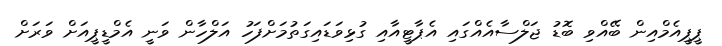
ޕީޕީއެމްއިން ބޭއްވި ބޮޑު ޖަލްސާއެއްގައި އެޕާޓީއާއި ގުޅިވަޑައިގަތުމަށްފަހު އަލްހާން ވަނީ އެމްޑީޕީއަށް ވަރަށް